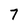
Character: 7